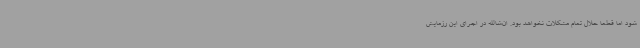
شود اما قطعا حلال تمام مشکلات نخواهد بود. ان‌شالله در اجرای این رزمایش